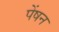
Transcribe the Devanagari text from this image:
पेंषन